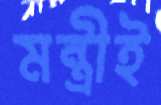
মন্ত্রীই